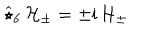
\widehat { \star } _ { 6 } \, { \mathcal { H } } _ { \pm } = \pm \mathrm { i } \, { \mathcal { H } } _ { \pm }